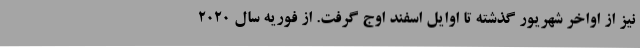
نیز از اواخر شهریور گذشته تا اوایل اسفند اوج گرفت. از فوریه سال 2020